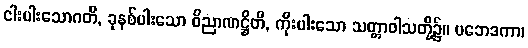
ငါးပါးသောဂတိ, ခုနစ်ပါးသော ဝိညာဏဋ္ဌိတိ, ကိုးပါးသော သတ္တာဝါသတို့၌။ ပဘေဒကာ၊